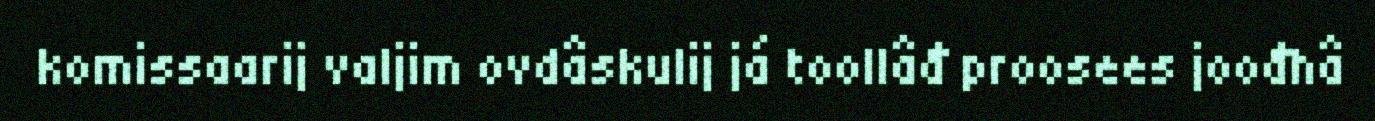
komissaarij valjim ovdâskulij já toollâđ proosees joođhâ